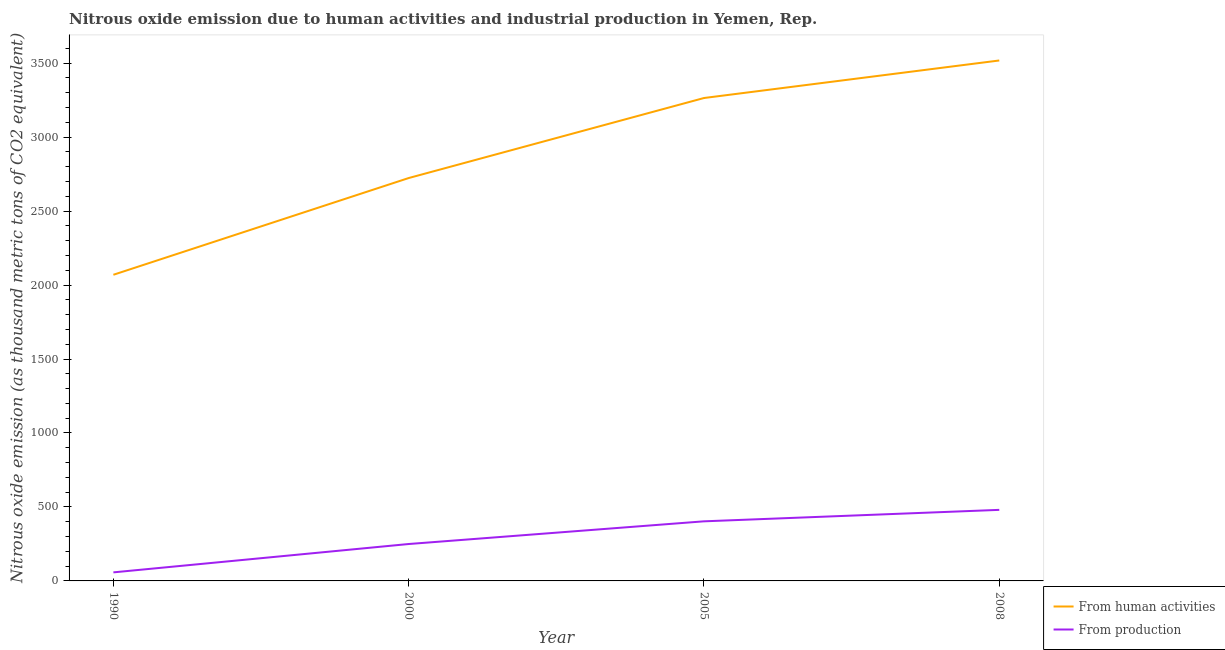
| Year | From human activities | From production |
 | --- | --- | --- |
 | 1990 | 2.07e+03 | 57.8 |
 | 2000 | 2.72e+03 | 250 |
 | 2005 | 3.26e+03 | 403 |
 | 2008 | 3.52e+03 | 480 |